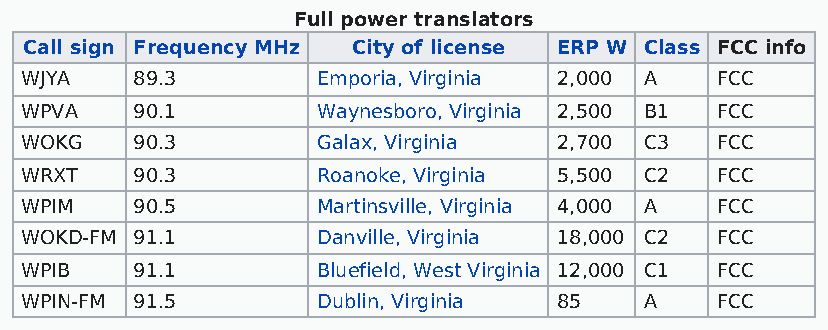
Full power translators
 Call sign Frequency MHz City of license ERP W Class FCC info
 WJYA    89.3        Emporia, Virginia 2,000 A FCC
 WPVA    90.1        Waynesboro, Virginia 2,500 B1 FCC
 WOKG    90.3        Galax, Virginia 2,700 C3  FCC
 WRXT    90.3        Roanoke, Virginia 5,500 C2 FCC
 WPIM    90.5        Martinsville, Virginia 4,000 A FCC
 WOKD-FM 91.1        Danville, Virginia 18,000 C2 FCC
 WPIB    91.1        Bluefield, West Virginia 12,000 C1 FCC
 WPIN-FM 91.5        Dublin, Virginia 85   A   FCC